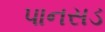
પાનસડ